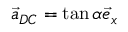
\vec { a } _ { D C } = \tan \alpha \vec { e } _ { x }